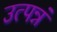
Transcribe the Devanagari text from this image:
उत्पन्नं